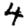
Digit: 4